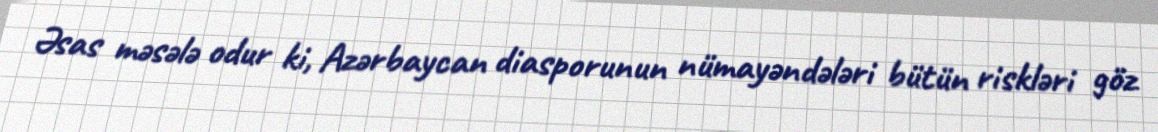
Əsas məsələ odur ki, Azərbaycan diasporunun nümayəndələri bütün riskləri göz